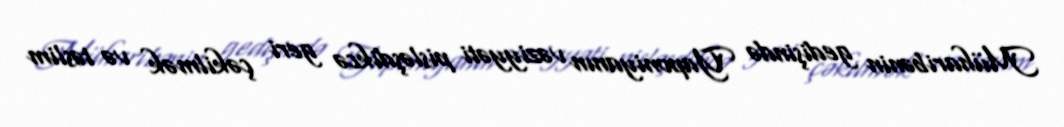
Müharibənin gedişində Yaponiyanın vəziyyəti pisləşdikcə geri çəkilmək və təslim